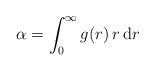
\begin{align*} \alpha = \int_0^\infty g(r)\, r\, \mathrm{d}r\end{align*}